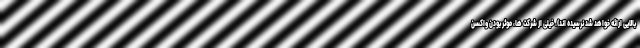
بالایی ارائه خواهد شد نرسیده اند). خیلی از شرکت ها، موثر بودن واکسن